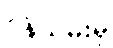
ဝန်ထမ်းမှ